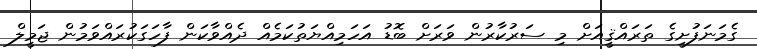
ގެމަނަފުށީގެ ތަރައްޤީއަށް މި ސަރުކާރުން ވަރަށް ބޮޑު އަހަމިއްޔަތުކަމެއް ދެއްވާކަން ފާހަގަކުރައްވަމުން ޖަމީލް